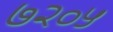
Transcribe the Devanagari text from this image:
७२०५